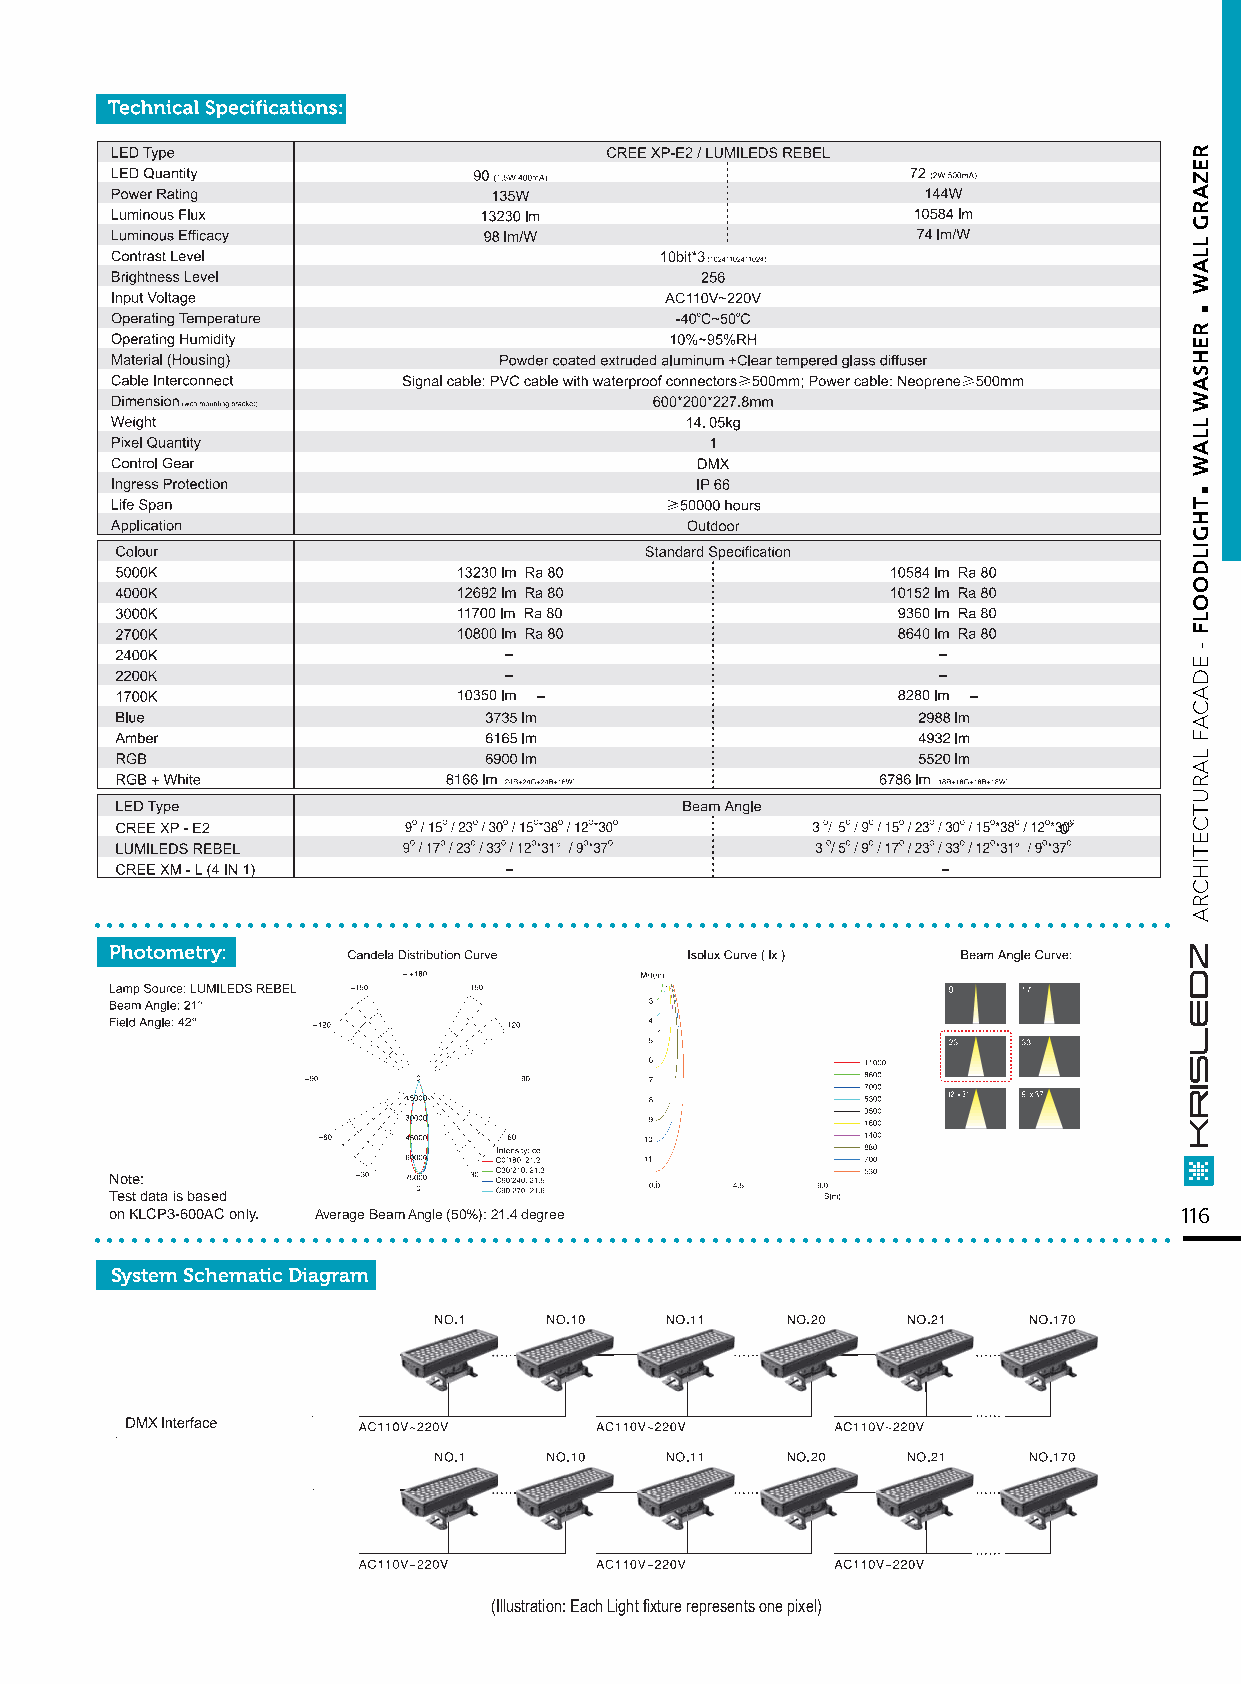
....................................................................................
 Note:
 Test data is based
 ..o.n K.L.C.P3.-6.0.0A.C. o.nl.y. . ....Av.e.ra.ge. B.ea.m. A.ng.le. (5.0.%.): .21..4. de.g.re.e............................................... 116
 System Schematic Diagram
 (Illustration: Each Light fixture represents one pixel)
 .
 .
 REZARG
 LLAW
 REHSAW
 LLAW
 THGILDOOLF
 -
 EDACAF
 LARUTCETIHCRA